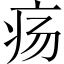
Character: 疡